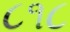
૮૧૮